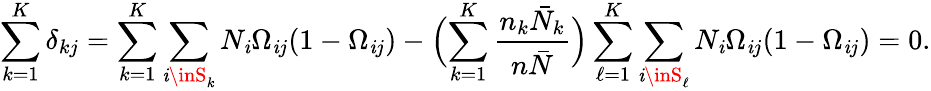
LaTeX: \sum_{k=1}^{K}\delta_{kj}=\sum_{k=1}^{K}\sum_{\mathit{i}\inS_{k}}N_{\mathit{i}}\Omega_{\mathit{i}j}(1-\Omega_{\mathit{i}j})-\Bigl(\sum_{k=1}^{K}\frac{{n_{k}\bar{{N}}_{k}}}{{n\bar{{N}}}}\Bigr)\sum_{\ell=1}^{K}\sum_{\mathit{i}\inS_{\ell}}N_{\mathit{i}}\Omega_{\mathit{i}j}(1-\Omega_{\mathit{i}j})=0.